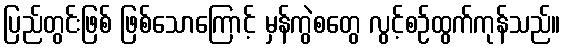
ပြည်တွင်းဖြစ် ဖြစ်သောကြောင့် မှန်ကွဲစတွေ လွင့်စဉ်ထွက်ကုန်သည်။